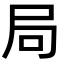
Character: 局